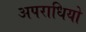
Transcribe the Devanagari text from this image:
अपराधियो